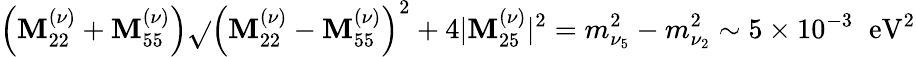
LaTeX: \left(\mathbf{M}_{22}^{(\nu)}+\mathbf{M}_{55}^{(\nu)}\right)\sqrt{}{{\left(\mathbf{M}_{22}^{(\nu)}-\mathbf{M}_{55}^{(\nu)}\right)^{2}+4|\mathbf{M}_{25}^{(\nu)}|^{2}}}=m_{\nu_{5}}^{2}-m_{\nu_{2}}^{2}\sim5\times10^{-3}\; \; \mathrm{{eV}}^{2}